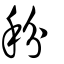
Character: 秎